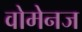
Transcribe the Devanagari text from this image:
वोमेनज